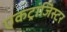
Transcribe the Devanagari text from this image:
एकट्रांजिस्टर